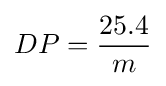
DP={\frac {25.4}{m}}